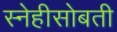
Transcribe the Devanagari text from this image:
स्नेहीसोबती